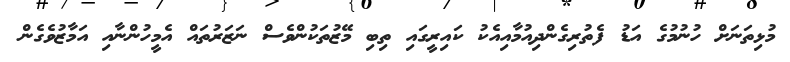
މުޅިތަނަށް ހުނުމުގެ އަޑު ފެތުރިގެންދިއުމާއިއެކު ކައިރީގައި ތިބި މޭޒުތަކުންވެސް ނަޒަރުތައް އެމީހުންނާއި އަމާޒުވެގެން